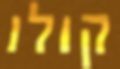
קולו